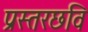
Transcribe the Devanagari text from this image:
प्रस्तरछवि